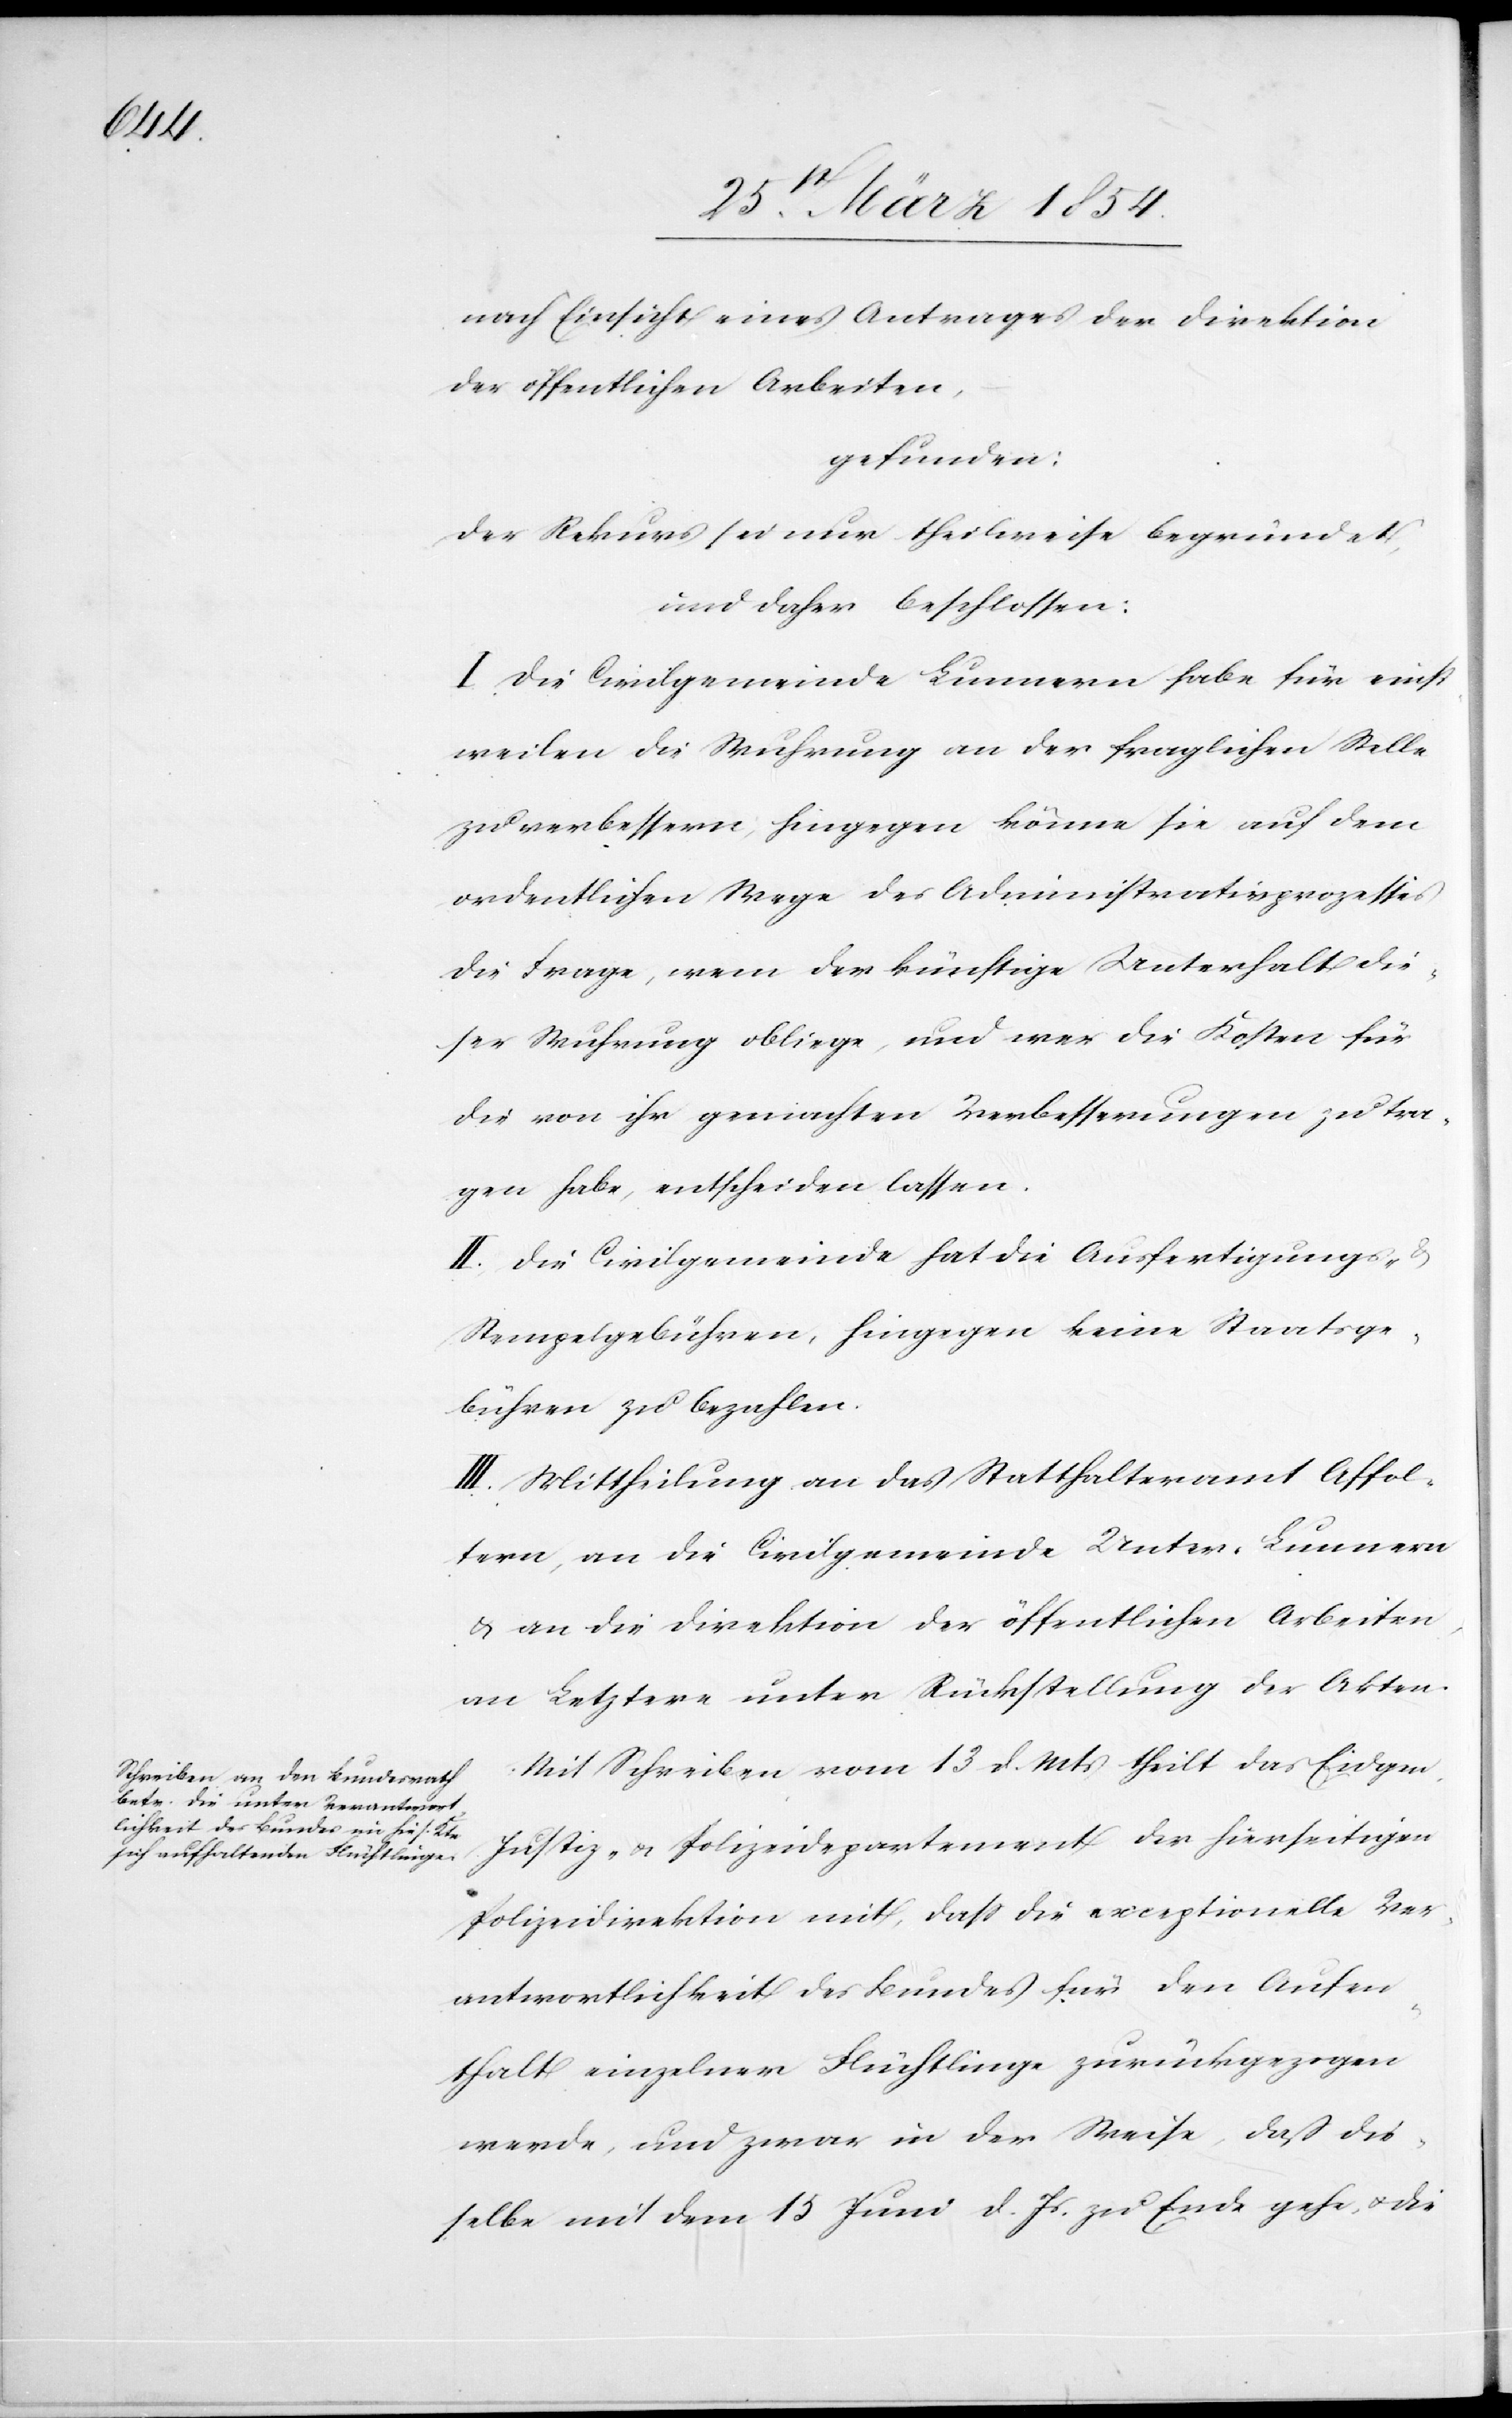
nach Einsicht eines Antrages der Direktion
der öffentlichen Arbeiten,
gefunden:
Der Rekurs sei nur theilweise begründet,
und daher beschlossen:
I. Die Civilgemeinde Lunnern habe für einst¬
weilen die Wuhrung an der fraglichen Stelle
zu verbessern, hingegen könne sie auf dem
ordentlichen Wege des Administrativprozesses
die Frage, wem der künftige Unterhalt die¬
ser Wuhrung obliege, und wer die Kosten für
die von ihr gemachten Verbesserungen zu tra¬
gen habe, entscheiden lassen.
II. Die Civilgemeinde hat die Ausfertigungs-
Stempelgebühren, hingegen keine Staatsge¬
bühren zu bezahlen.
III. Mittheilung an das Statthalteramt Affol¬
tern, an die Civilgemeinde Unter-Lunnern
& an die Direktion der öffentlichen Arbeiten,
an Letztere unter Rückstellung der Akten.
Mit Schreiben vom 13 d. Mts teilt das Eidgen.
Justiz- u. Polizeidepartement der hierseitigen
Polizeidirektion mit, daß die exceptionelle Ver¬
antwortlichkeit des Bundes für den Aufen¬
thalt einzelner Flüchtlinge zurückgezogen
werde, und zwar in der Weise, daß die¬
selbe mit dem 15 Juni d. Js. zu Ende gehe, u. die